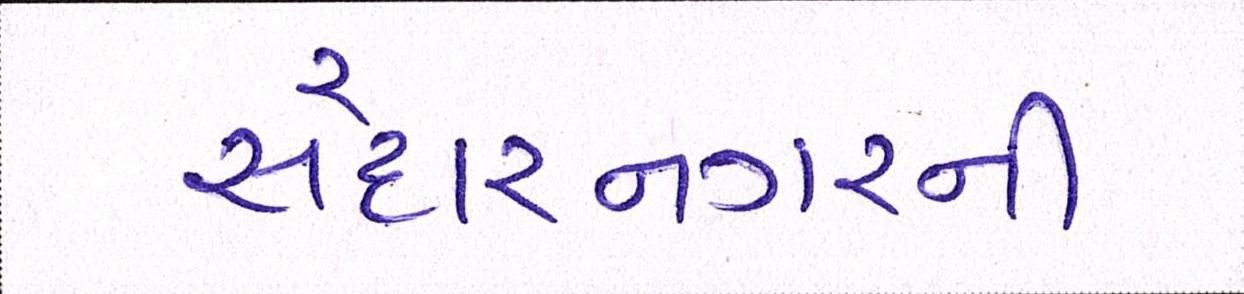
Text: સરદારનગરની